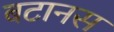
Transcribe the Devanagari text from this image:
बटानस